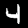
Label: 4